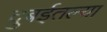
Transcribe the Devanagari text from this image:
दुबईतल्या